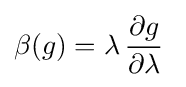
\beta (g)=\lambda \,{\frac {\partial g}{\partial \lambda }}~